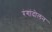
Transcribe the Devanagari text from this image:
रंगांदोलन